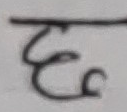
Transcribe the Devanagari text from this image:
दृ